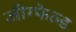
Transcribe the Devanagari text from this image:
जीग्फेल्ड